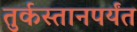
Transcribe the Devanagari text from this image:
तुर्कस्तानपर्यंत